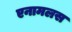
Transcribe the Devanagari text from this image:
एनामलस